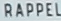
RAPPEL